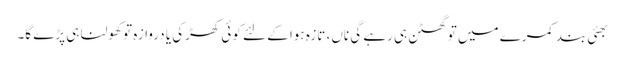
بھئی بند کمرے میں تو گھٹن ہی رہے گی ناں، تازہ ہوا کے لئے کوئی کھڑکی یا دروازہ تو کھولنا ہی پڑے گا۔